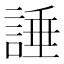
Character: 諈